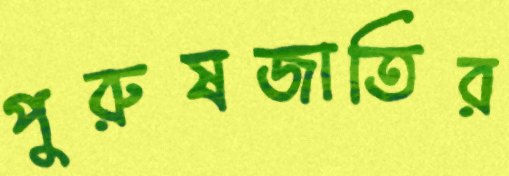
পুরুষজাতির